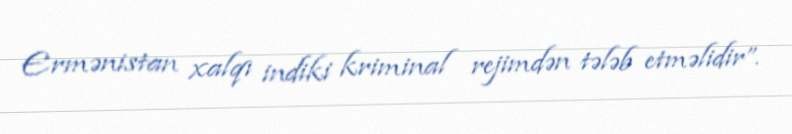
Ermənistan xalqı indiki kriminal rejimdən tələb etməlidir”.